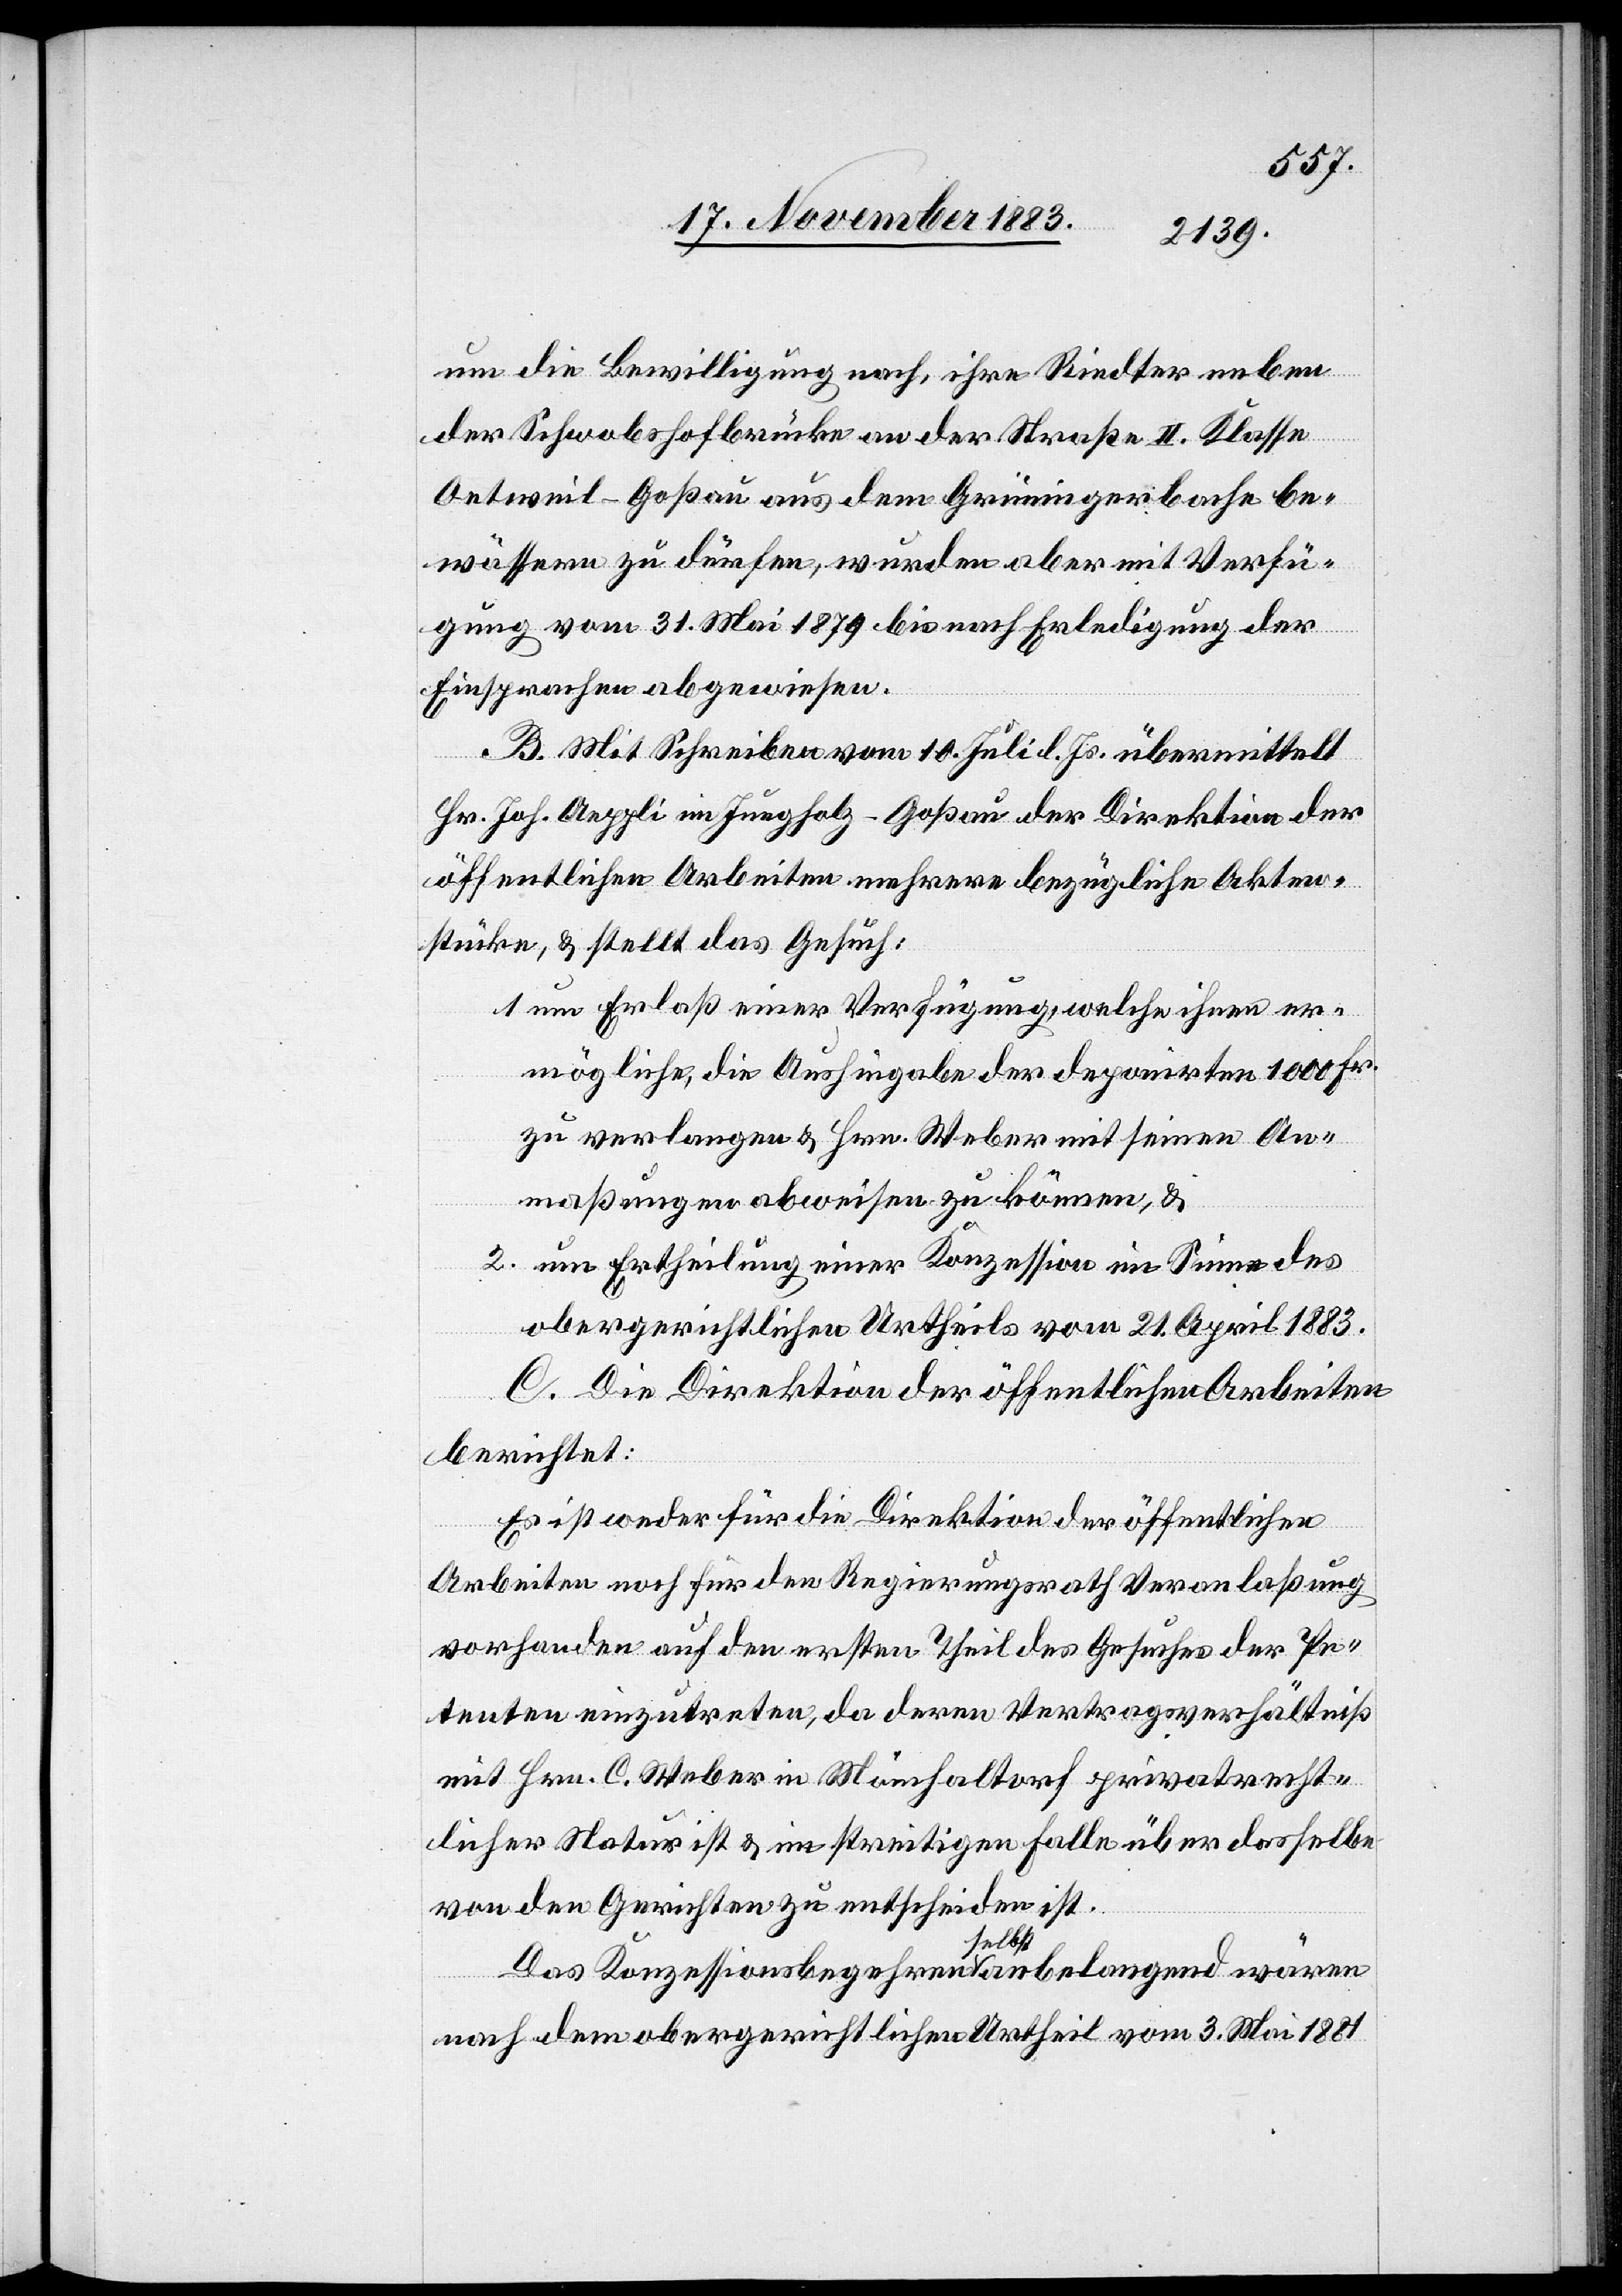
um die Bewilligung nach, ihre Riedter neben
der Schwobshofbrücke an der Straße II. Klasse
Oetweil–Goßau aus dem Grüningerbache be¬
wässern zu dürfen, wurden aber mit Verfü¬
gung vom 31. Mai 1879 bis nach Erledigung der
Einsprachen abgewiesen.
B. Mit Schreiben vom 10. Juli d. Js. übermittelt
Hr. Joh. Aeppli im Jungholz - Goßau der Direktion der
öffentlichen Arbeiten mehrere bezügliche Akten¬
stücke, & stellt das Gesuch:
1. um Erlaß einer Verfügung, welche ihnen er¬
mögliche, die Aushingabe der deponirten 1000 Fr.
zu verlangen & Hrn. Weber mit seinen An¬
maßungen abweisen zu können, &
2. um Ertheilung einer Konzession im Sinne des
obergerichtlichen Urtheils vom 21. April 1883.
C. Die Direktion der öffentlichen Arbeiten
berichtet:
Es ist weder für die Direktion der öffentlichen
Arbeiten noch für den Regierungsrath Veranlaßung
vorhanden auf den ersten Theil des Gesuches der Pe¬
tenten einzutreten, da deren Vertragsverhältniß
mit Hrn. C. Weber in Mönchaltorf privatrecht¬
licher Natur ist & im streitigen Falle über dasselbe
von den Gerichten zu entscheiden ist.
Das Konzessionsbegehren selbst anbelangend wären
nach dem obergerichtlichen Urtheil vom 3. Mai 1881